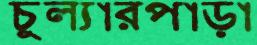
চুল্যারপাড়া